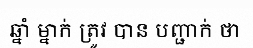
ឆ្នាំ ម្នាក់ ត្រូវ បាន បញ្ជាក់ ថា